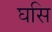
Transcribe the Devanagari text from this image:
घसि